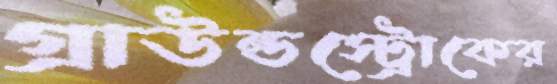
গ্রাউন্ডস্ট্রোকের